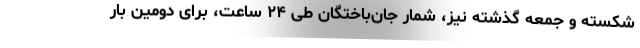
شکسته و جمعهٔ گذشته نیز، شمار جان‌باختگان طی ۲۴ ساعت، برای دومین بار